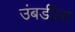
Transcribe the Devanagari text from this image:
उंबर्डीला